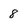
Character: 8